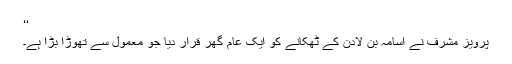
‘‘
پرویز مشرف نے اسامہ بن لادن کے ٹھکانے کو ایک عام گھر قرار دیا جو معمول سے تھوڑا بڑا ہے۔